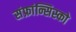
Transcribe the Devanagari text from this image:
संफ्रांन्सिस्को